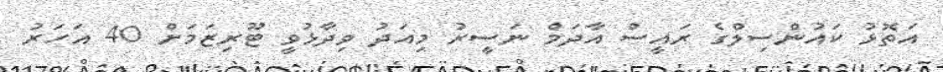
އަތޮޅު ކައުންސިލްގެ ރައީސް އާދަމް ނަސީރު މިއަދު ވިދާޅުވީ ޓޫރިޒަމަށް 40 އަހަރު